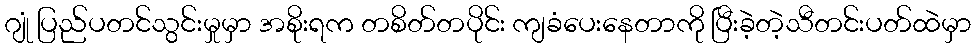
ဂျုံ ပြည်ပတင်သွင်းမှုမှာ အစိုးရက တစိတ်တပိုင်း ကျခံပေးနေတာကို ပြီးခဲ့တဲ့သီတင်းပတ်ထဲမှာ